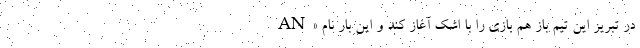
در تبریز این تیم باز هم بازی را با اشک آغاز کند و این بار نام «AN